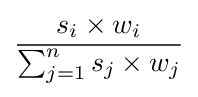
{\frac {s_{i}\times w_{i}}{\sum _{j=1}^{n}s_{j}\times w_{j}}}